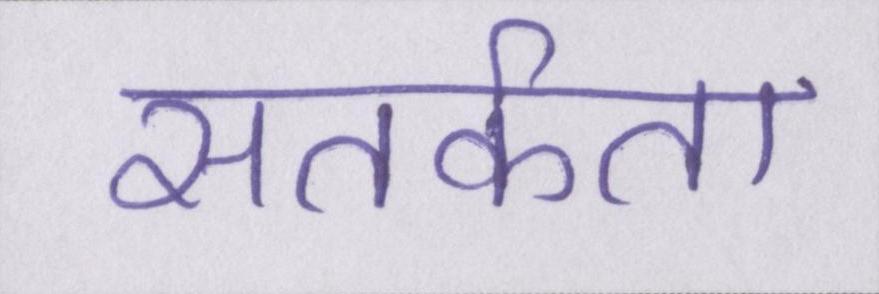
सतर्कता